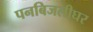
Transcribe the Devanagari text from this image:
पनबिजलीघर